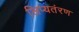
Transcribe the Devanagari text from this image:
लिप्यतंरण